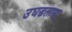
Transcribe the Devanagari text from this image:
उघडताना